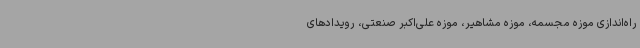
راه‌اندازی موزه مجسمه، موزه مشاهیر، موزه علی‌اکبر صنعتی، رویدادهای